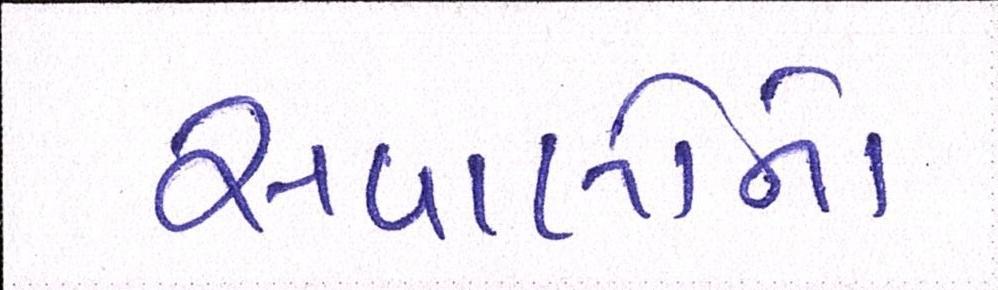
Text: સવાલોનો